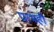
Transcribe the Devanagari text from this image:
प्रारंभही